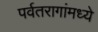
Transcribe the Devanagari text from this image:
पर्वतरागांमध्ये